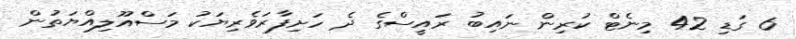
6 ގަޑި 42 މިނެޓް ކުރިން ނައިބު ރައީސްގެ ދެ ހަށިފާރަވެރިޔަކު މަސްއޫލިއްޔަތުން